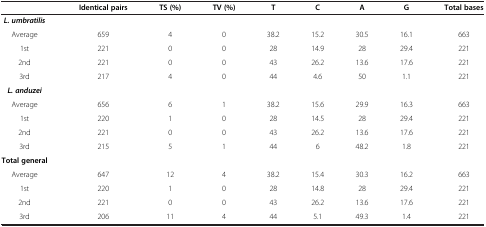
<table><thead><tr><td><b> </b></td><td><b>Identical pairs</b></td><td><b>TS (%)</b></td><td><b>TV (%)</b></td><td><b>T</b></td><td><b>C</b></td><td><b>A</b></td><td><b>G</b></td><td><b>Total bases</b></td></tr></thead><tbody><tr><td><b><i>L. umbratilis</i></b></td><td> </td><td> </td><td> </td><td> </td><td> </td><td> </td><td> </td><td> </td></tr><tr><td>Average</td><td>659</td><td>4</td><td>0</td><td>38.2</td><td>15.2</td><td>30.5</td><td>16.1</td><td>663</td></tr><tr><td>1st</td><td>221</td><td>0</td><td>0</td><td>28</td><td>14.9</td><td>28</td><td>29.4</td><td>221</td></tr><tr><td>2nd</td><td>221</td><td>0</td><td>0</td><td>43</td><td>26.2</td><td>13.6</td><td>17.6</td><td>221</td></tr><tr><td>3rd</td><td>217</td><td>4</td><td>0</td><td>44</td><td>4.6</td><td>50</td><td>1.1</td><td>221</td></tr><tr><td><b><i>L. anduzei</i></b></td><td> </td><td> </td><td> </td><td> </td><td> </td><td> </td><td> </td><td> </td></tr><tr><td>Average</td><td>656</td><td>6</td><td>1</td><td>38.2</td><td>15.6</td><td>29.9</td><td>16.3</td><td>663</td></tr><tr><td>1st</td><td>220</td><td>1</td><td>0</td><td>28</td><td>14.5</td><td>28</td><td>29.4</td><td>221</td></tr><tr><td>2nd</td><td>221</td><td>0</td><td>0</td><td>43</td><td>26.2</td><td>13.6</td><td>17.6</td><td>221</td></tr><tr><td>3rd</td><td>215</td><td>5</td><td>1</td><td>44</td><td>6</td><td>48.2</td><td>1.8</td><td>221</td></tr><tr><td><b>Total general</b></td><td> </td><td> </td><td> </td><td> </td><td> </td><td> </td><td> </td><td> </td></tr><tr><td>Average</td><td>647</td><td>12</td><td>4</td><td>38.2</td><td>15.4</td><td>30.3</td><td>16.2</td><td>663</td></tr><tr><td>1st</td><td>220</td><td>1</td><td>0</td><td>28</td><td>14.8</td><td>28</td><td>29.4</td><td>221</td></tr><tr><td>2nd</td><td>221</td><td>0</td><td>0</td><td>43</td><td>26.2</td><td>13.6</td><td>17.6</td><td>221</td></tr><tr><td>3rd</td><td>206</td><td>11</td><td>4</td><td>44</td><td>5.1</td><td>49.3</td><td>1.4</td><td>221</td></tr></tbody></table>